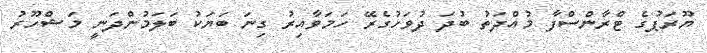
ޔޫރަޕުގެ ޓްރާންސްފާ މުއްދަތު ބުދަ ދުވަހުގެރޭ ހަމަވާއިރު ގިނަ ބަޔަކު ބަލަމުންދަނީ މަޝްހޫރު